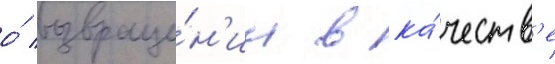
о́ возвраще́н'ии в ка́честв'е